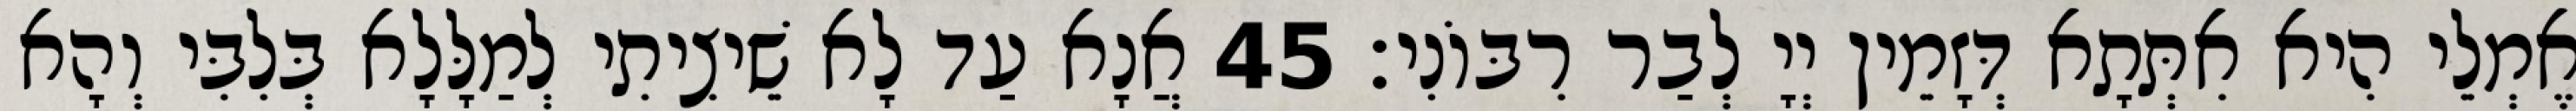
אֶמְלֵי הִיא אִתְּתָא דְּזָמֵין יְיָ לְבַר רִבּוֹנִי׃ 45 אֲנָא עַד לָא שֵׁיצִיתִי לְמַלָּלָא בְּלִבִּי וְהָא